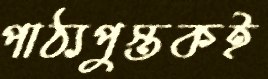
পাঠ্যপুস্তকই